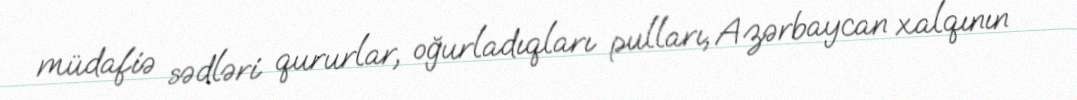
müdafiə sədləri qururlar, oğurladıqları pulları, Azərbaycan xalqının